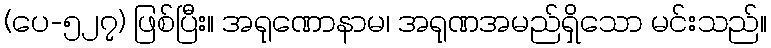
(ပေ-၅၂၇) ဖြစ်ပြီး။ အရုဏောနာမ၊ အရုဏအမည်ရှိသော မင်းသည်။